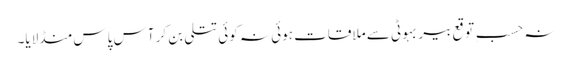
نہ حسبِ توقع بیر بہوٹی سے ملاقات ہوئی نہ کوئی تتلی بن کر آس پاس منڈلایا۔